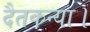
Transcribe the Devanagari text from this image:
दैतकन्या।